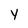
Character: y